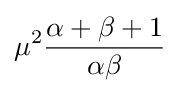
\mu ^{2}{\frac {\alpha +\beta +1}{\alpha \beta }}